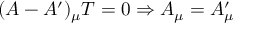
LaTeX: ( A - A ^ { \prime } ) _ { \mu } T = 0 \Rightarrow A _ { \mu } = A _ { \mu } ^ { \prime }